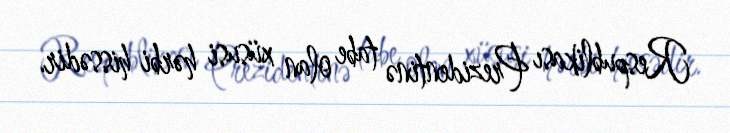
Respublikası Prezidentinə tabe olan xüsusi hərbi hissədir.